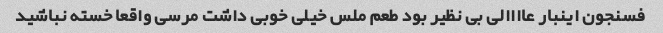
فسنجون اینبار عاااالی بی نظیر بود طعم ملس خیلی خوبی داشت مرسی واقعا خسته نباشید